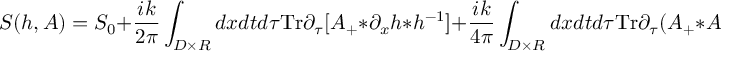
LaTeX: S ( h , A ) = S _ { 0 } + \frac { i k } { 2 \pi } \int _ { D \times R } d x d t d \tau \mathrm { T r } \partial _ { \tau } [ A _ { + } * \partial _ { x } h * h ^ { - 1 } ] + \frac { i k } { 4 \pi } \int _ { D \times R } d x d t d \tau \mathrm { T r } \partial _ { \tau } ( A _ { + } * A _ { x } ) ,